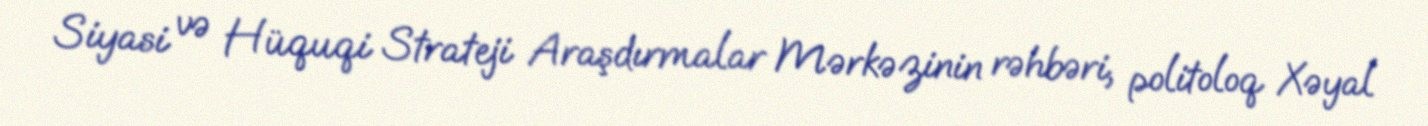
Siyasi və Hüquqi Strateji Araşdırmalar Mərkəzinin rəhbəri, politoloq Xəyal